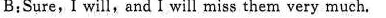
B： Sure,Iwill,and I will miss them very much.